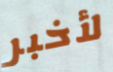
لأخبر